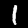
Digit: 1